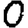
Digit: 0